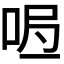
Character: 𭇰